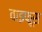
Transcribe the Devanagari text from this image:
वाइफूस